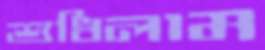
শুধিলাম